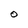
Character: O